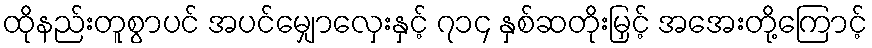
ထိုနည်းတူစွာပင် အပင်မျှောလှေးနှင့် ၇၁၄ နှစ်ဆတိုးမြှင့် အအေးတို့ကြောင့်